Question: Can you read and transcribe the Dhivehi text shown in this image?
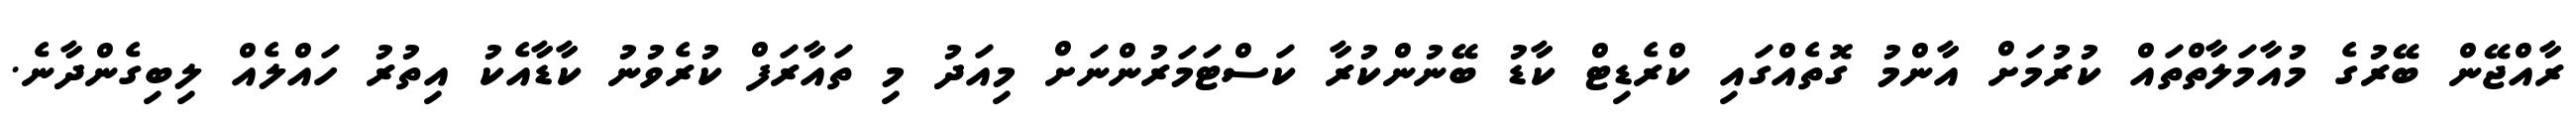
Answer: ރާއްޖޭން ބޭރުގެ މުއާމަލާތްތައް ކުރުމަށް އާންމު ގޮތެއްގައި ކްރެޑިޓް ކާޑު ބޭނުންކުރާ ކަސްޓަމަރުންނަށް މިއަދު މި ތައާރަފް ކުރެވުނު ކާޑާއެކު އިތުރު ހައްލެއް ލިބިގެންދާނެ.